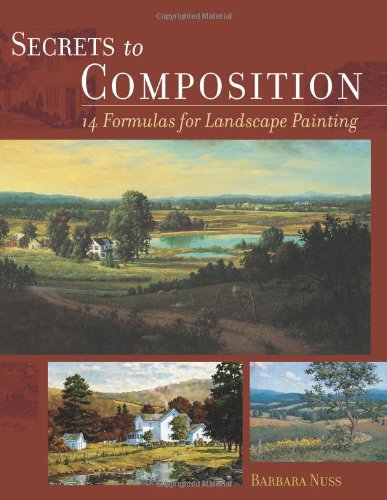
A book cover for Secrets to Composition: 14 Formulas for Landscape Painting; Barbara Nuss; Arts & Photography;